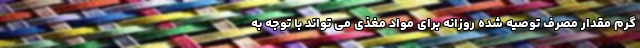
گرم مقدار مصرف توصیه شده روزانه برای مواد مغذی می تواند با توجه به